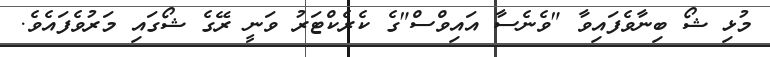
މުޅި ޝޯ ބިނާވެފައިވާ "ވެނެސާ އައިވްސް"ގެ ކެރެކްޓަރު ވަނީ ރޭގެ ޝޯގައި މަރުވެފައެވެ.